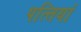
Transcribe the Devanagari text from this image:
पत्‍तियां